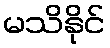
မသိနိုင်